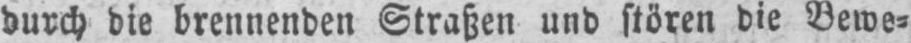
durch die brennenden Straßen und stören die Bewe⸗